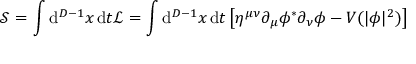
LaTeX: { \mathcal { S } } = \int \mathrm { d } ^ { D - 1 } x \, \mathrm { d } t { \mathcal { L } } = \int \mathrm { d } ^ { D - 1 } x \, \mathrm { d } t \left[ \eta ^ { \mu \nu } \partial _ { \mu } \phi ^ { * } \partial _ { \nu } \phi - V ( | \phi | ^ { 2 } ) \right]